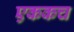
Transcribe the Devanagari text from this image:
एककच